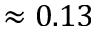
\approx 0 . 1 3